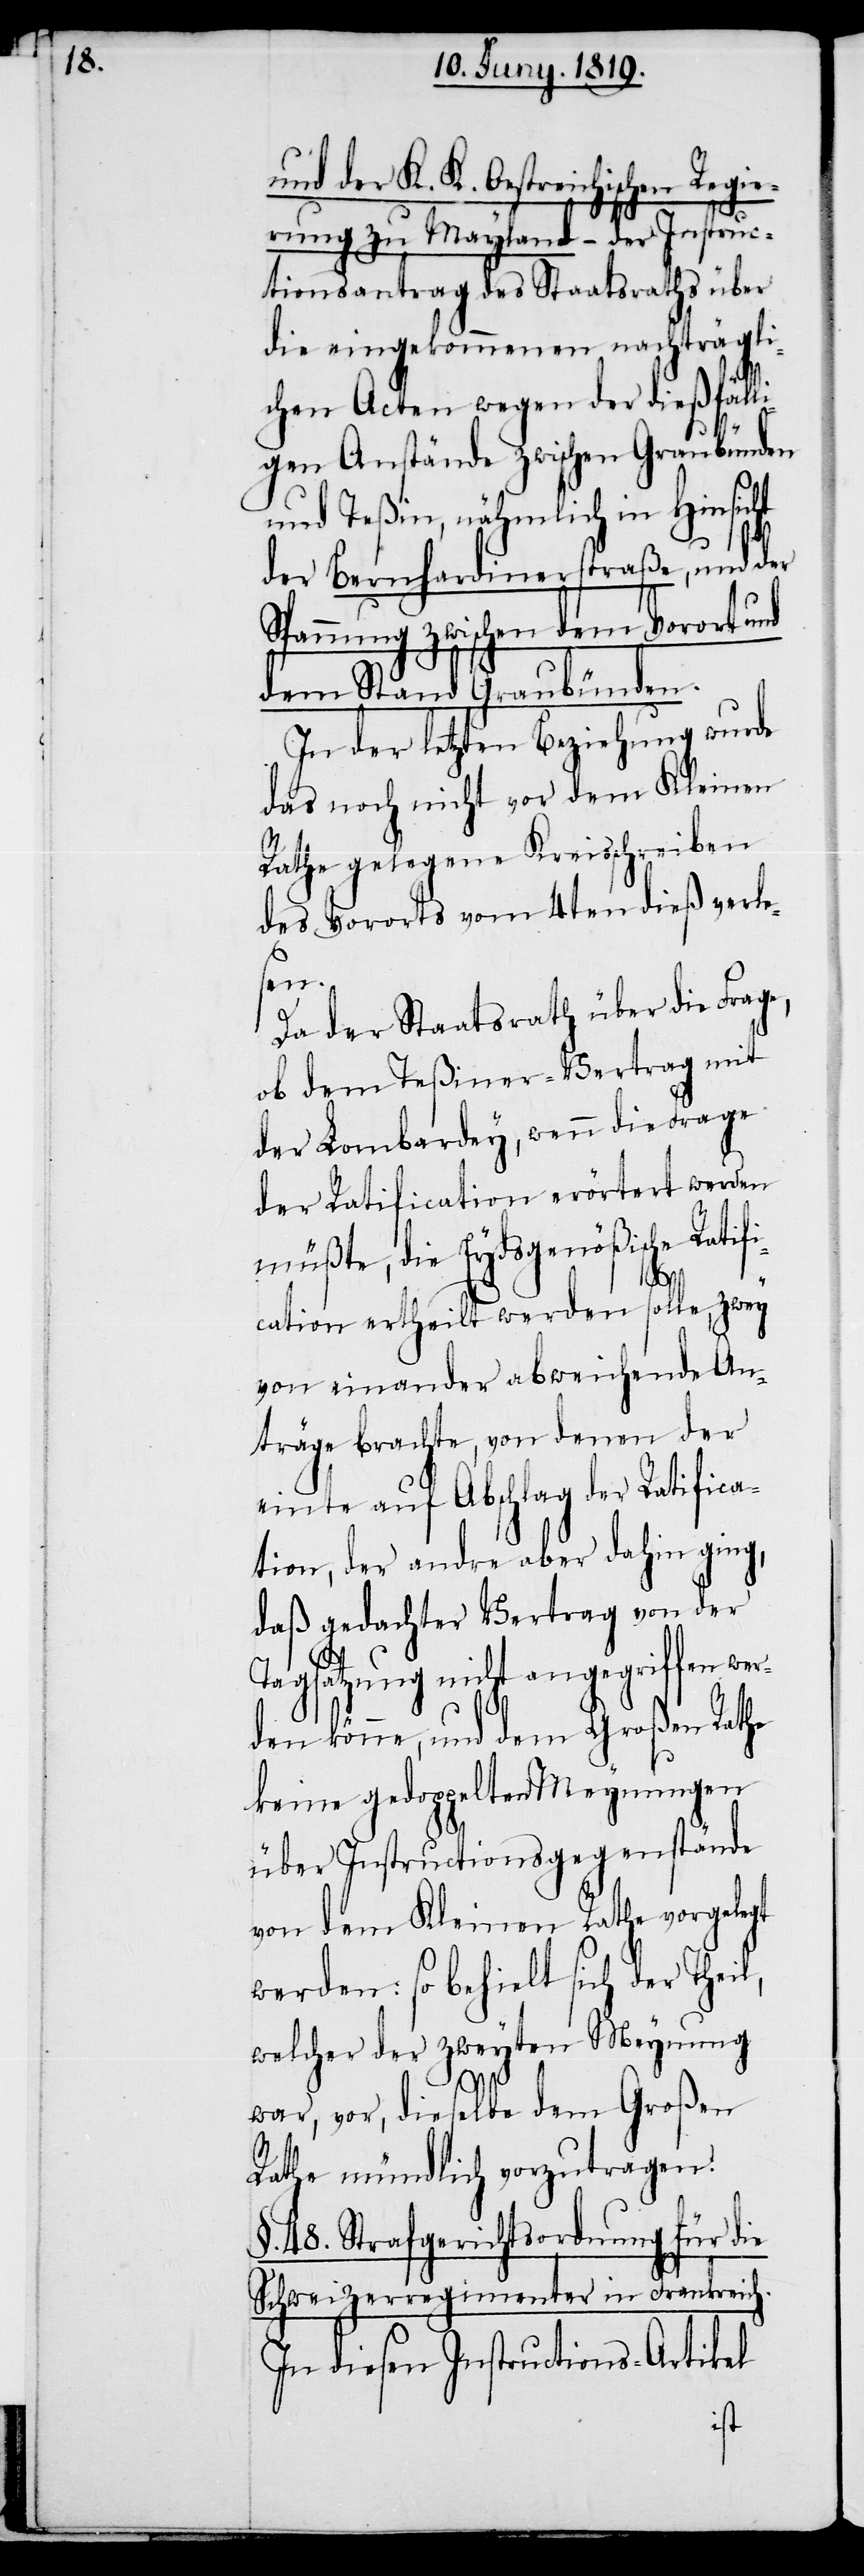
und der K. K. Oestreichischen Regie¬
rung zu Mayland – der Instruc¬
tionsantrag des Staatsraths über
die eingekommenen nachträgli¬
chen Acten wegen der dießfälli¬
gen Anstände zwischen Graubünden
und Teßin, nähmlich in Hinsicht
der Bernhardinerstraße, und der
Spannung zwischen dem Vorort und
dem Stand Graubünden.
In der letzten Beziehung wurde
das noch nicht vor dem Kleinen
Rathe gelegene Kreisschreiben
des Vororts vom 4ten dieß verle¬
sen.
Da der Staatsrath über die Frage,
ob dem Teßiner-Vertrag mit
der Lombardey, wenn die Frage
der Ratification erörtert werden
müßte, die Eydsgenößische Ratifi¬
cation ertheilt werden solle, zwey
von einander abweichende An¬
träge brachte, von denen der
einte auf Abschlag der Ratifica¬
ton, der andre aber dahin ging,
daß gedachter Vertrag von der
Tagsatzung nicht angegriffen wer¬
den könne, und dem Großen Rathe
keine gedoppelten Meynungen
über Instructionsgegenstände
von dem Kleinen Rathe vorgelegt
werden: so behielt sich der Theil,
welcher der zweyten Meynung
war, vor, dieselbe dem Großen
Rathe mündlich vorzutragen.
§. 48. Strafgerichtsordnung für die
Schweizerregimenter in Frankreich.
In diesen Intructions-Artikel